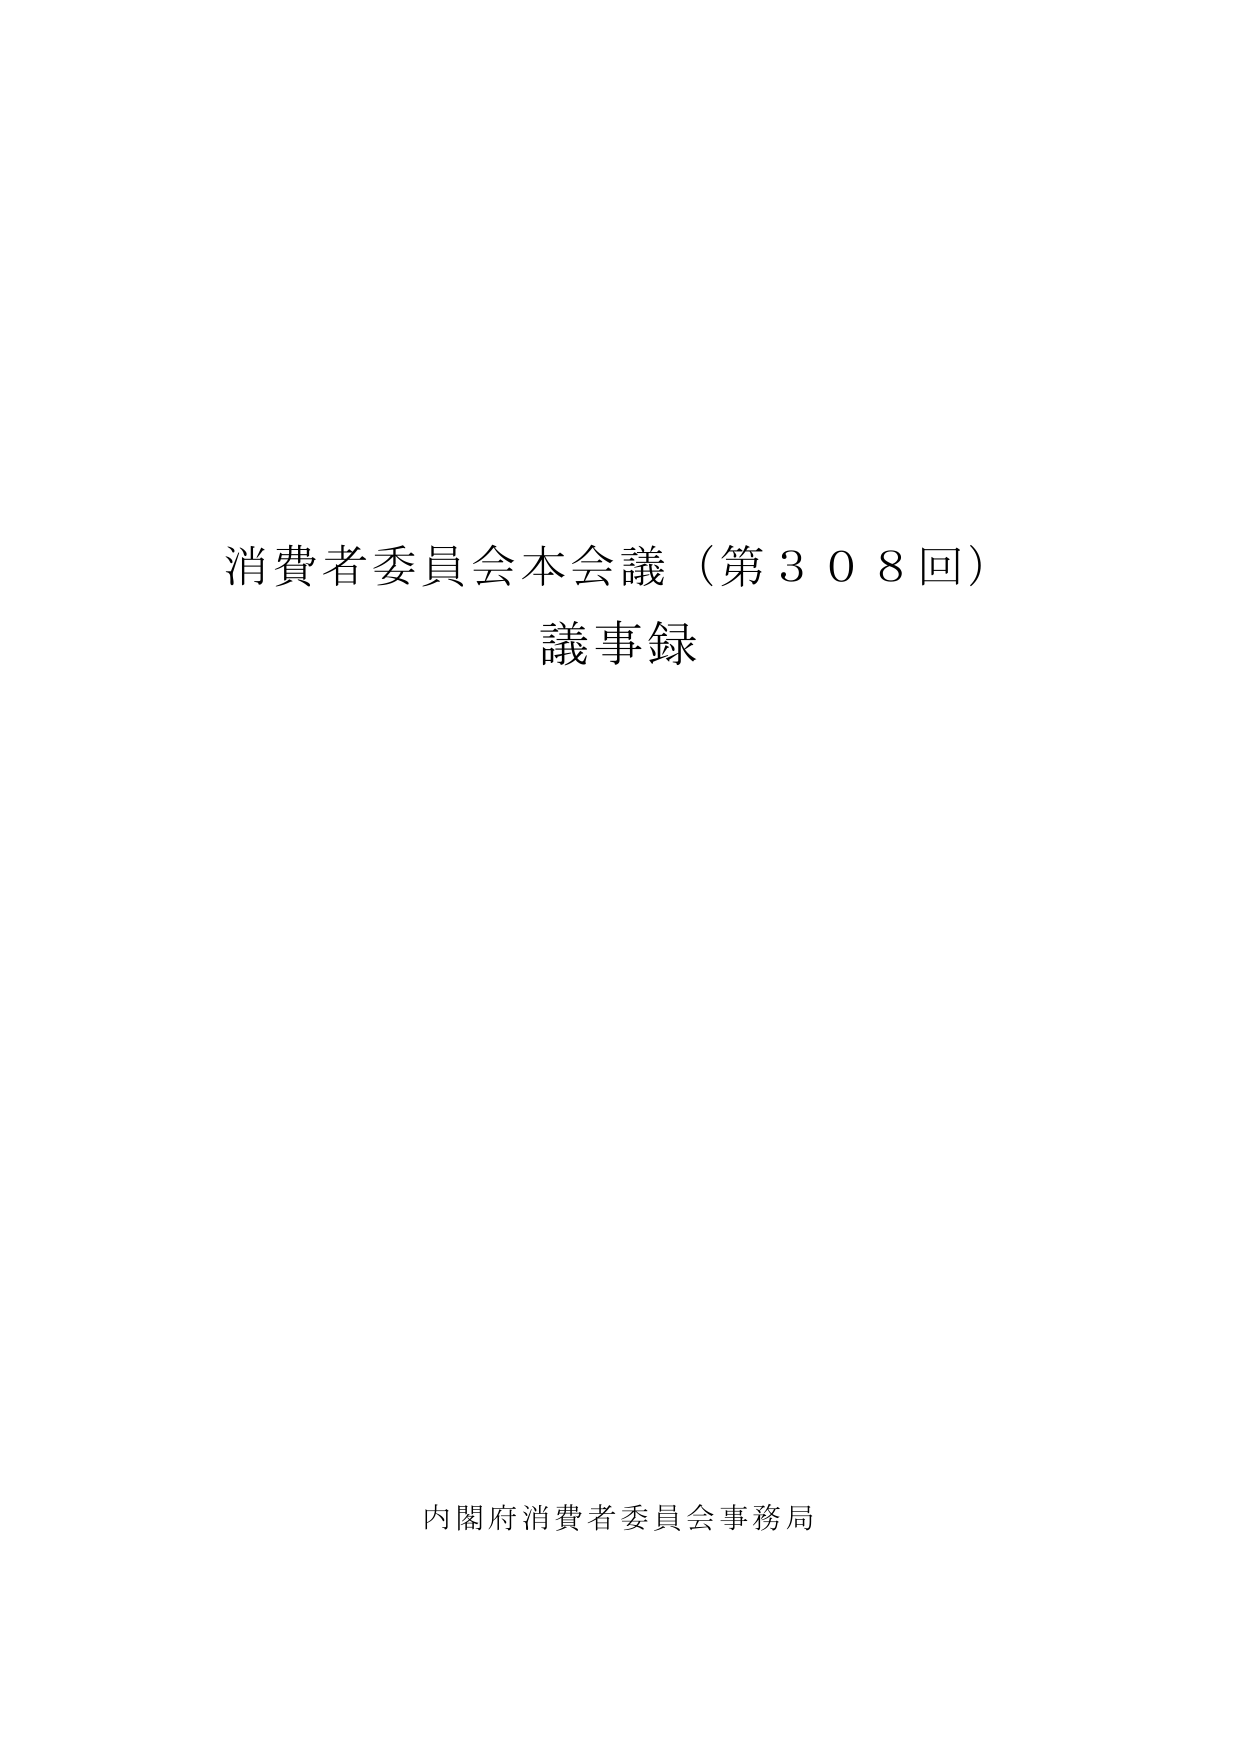
消費者委員会本会議（第３０８回）
議事録

内閣府消費者委員会事務局